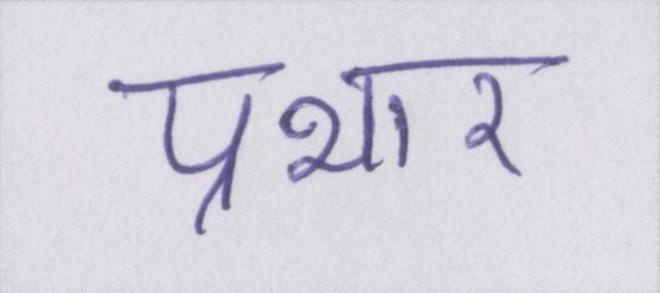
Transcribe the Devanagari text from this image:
प्रभार